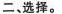
二、选择。